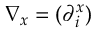
\nabla _ { x } = ( \partial _ { i } ^ { x } )